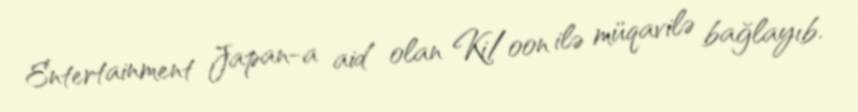
Entertainment Japan-a aid olan Ki/oon ilə müqavilə bağlayıb.